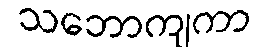
သဘောကျကာ